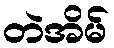
တဲအိမ်